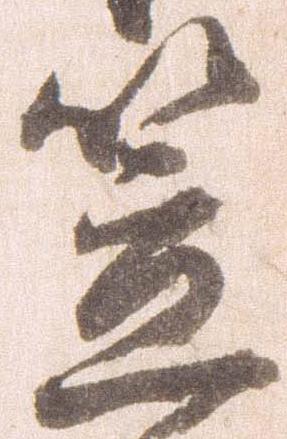
笠